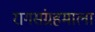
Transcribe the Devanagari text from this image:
रागसंग्रहमाला